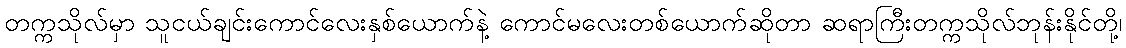
တက္ကသိုလ်မှာ သူငယ်ချင်းကောင်လေးနှစ်ယောက်နဲ့ ကောင်မလေးတစ်ယောက်ဆိုတာ ဆရာကြီးတက္ကသိုလ်ဘုန်းနိုင်တို့၊